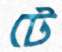
টে